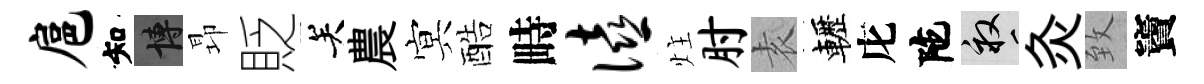
扈知博昻貶关農㝠酷畤僖炷肘𡊮轣庀陀畝灸致竇